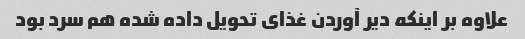
علاوه بر اینکه دیر آوردن غذای تحویل داده شده هم سرد بود